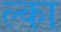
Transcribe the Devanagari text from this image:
ल्का